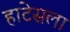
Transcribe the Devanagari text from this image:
हाटेसला